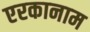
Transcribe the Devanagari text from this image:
एरकानाम